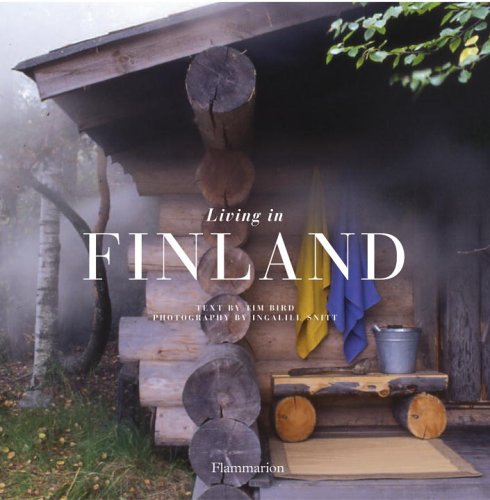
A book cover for Living in Finland (Living in... Series); Tim Bird; Travel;